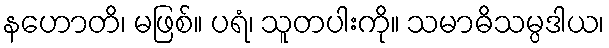
နဟောတိ၊ မဖြစ်။ ပရံ၊ သူတပါးကို။ သမာဓိသမ္ပဒါယ၊